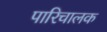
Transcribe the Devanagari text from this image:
पारिचालक